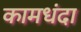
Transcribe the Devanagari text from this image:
कामधंदा